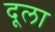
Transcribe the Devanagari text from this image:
दूला